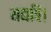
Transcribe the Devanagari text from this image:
यद्यपि।